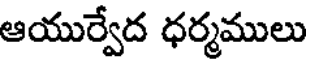
ఆయుర్వేద ధర్మములు